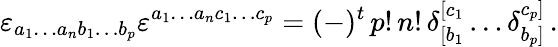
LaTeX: \varepsilon_{a_{1}\ldots a_{n}b_{1}\ldots b_{p}}\varepsilon^{a_{1}\ldots a_{n}c_{1}\ldots c_{p}}=(-)^{t}\, p!\, n!\, \delta_{[b_{1}}^{[c_{1}}\ldots\delta_{b_{p}]}^{c_{p}]}\, .